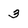
Character: 3